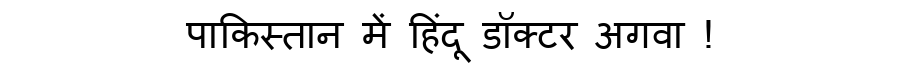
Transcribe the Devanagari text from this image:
पाकिस्तान में हिंदू डॉक्टर अगवा !